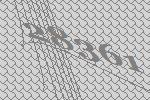
28361